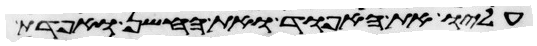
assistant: עליו את האפוד ואת החשן ואפדת